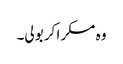
وہ مسکرا کر بولی۔